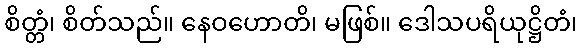
စိတ္တံ၊ စိတ်သည်။ နေဝဟောတိ၊ မဖြစ်။ ဒေါသပရိယုဋ္ဌိတံ၊